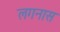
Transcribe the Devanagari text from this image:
लगनास